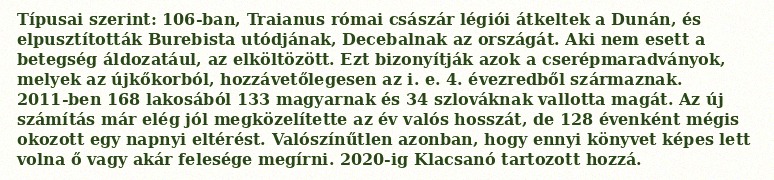
Típusai szerint: 106-ban, Traianus római császár légiói átkeltek a Dunán, és elpusztították Burebista utódjának, Decebalnak az országát. Aki nem esett a betegség áldozatául, az elköltözött. Ezt bizonyítják azok a cserépmaradványok, melyek az újkőkorból, hozzávetőlegesen az i. e. 4. évezredből származnak. 2011-ben 168 lakosából 133 magyarnak és 34 szlováknak vallotta magát. Az új számítás már elég jól megközelítette az év valós hosszát, de 128 évenként mégis okozott egy napnyi eltérést. Valószínűtlen azonban, hogy ennyi könyvet képes lett volna ő vagy akár felesége megírni. 2020-ig Klacsanó tartozott hozzá.